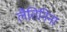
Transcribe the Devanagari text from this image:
लैतिनिना